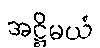
အဋ္ဌိမယံ